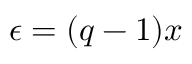
\epsilon = ( q - 1 ) x